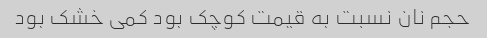
حجم نان نسبت به قیمت کوچک بود کمی خشک بود